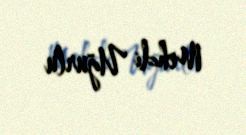
Mehdi Uğurlu